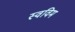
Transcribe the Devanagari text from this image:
स्वविम